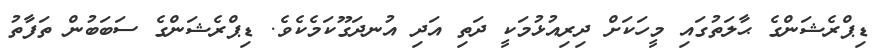
ޑިޕްރެޝަންގެ ޙާލަތުގައި މީހަކަށް ދިރިއުޅުމަކީ ދަތި އަދި އުނދަގޫކަމެކެވެ. ޑިޕްރެޝަންގެ ސަބަބުން ތަފާތު